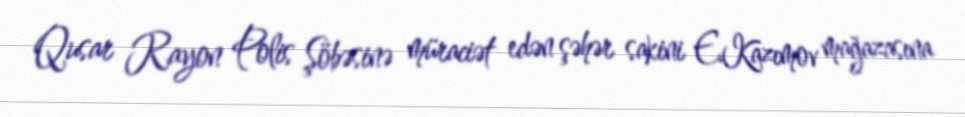
Qusar Rayon Polis Şöbəsinə müraciət edən şəhər sakini E.Kazımov mağazasına